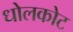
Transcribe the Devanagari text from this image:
धोलकोट